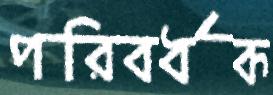
পরিবর্ধক